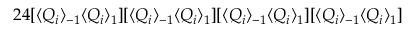
2 4 [ \langle Q _ { i } \rangle _ { - 1 } \langle Q _ { i } \rangle _ { 1 } ] [ \langle Q _ { i } \rangle _ { - 1 } \langle Q _ { i } \rangle _ { 1 } ] [ \langle Q _ { i } \rangle _ { - 1 } \langle Q _ { i } \rangle _ { 1 } ] [ \langle Q _ { i } \rangle _ { - 1 } \langle Q _ { i } \rangle _ { 1 } ]